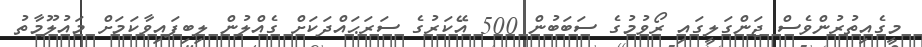
މީގެއިތުރުންވެސް ޖަންގަލީގައި ރޯވުމުގެ ސަބަބުން 500 އޭކަރުގެ ސަރަޙައްދަކަށް ގެއްލުން ލިބިފައިވާކަމަށް މައުލޫމާތު